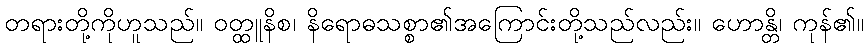
တရားတို့ကိုဟူသည်။ ဝတ္ထူနိစ၊ နိရောဓသစ္စာ၏အကြောင်းတို့သည်လည်း။ ဟောန္တိ၊ ကုန်၏။